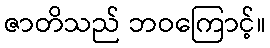
ဇာတိသည် ဘဝကြောင့်။